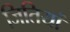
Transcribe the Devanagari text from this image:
जितियां